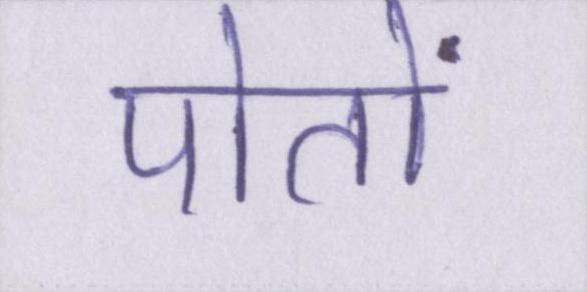
पोतों